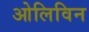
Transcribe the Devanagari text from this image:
ओलिविन